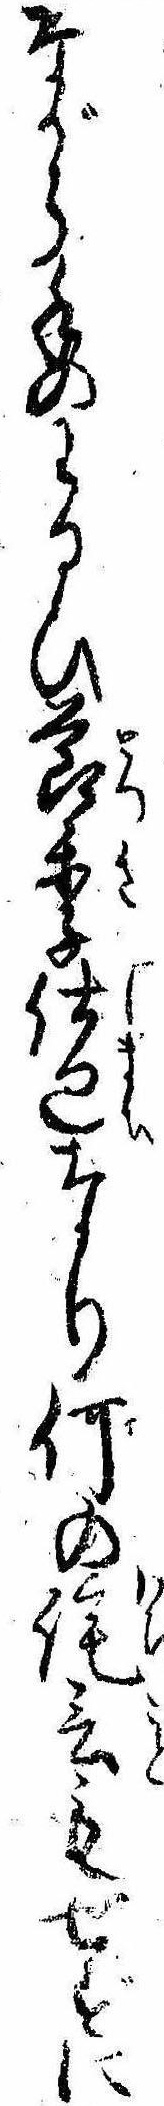
ながら手のわるひ節季仕廻なり何の詫言もせずに